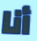
أنا